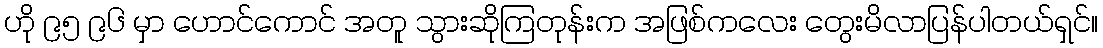
ဟို ၉၅ ၉၆ မှာ ဟောင်ကောင် အတူ သွားဆိုကြတုန်းက အဖြစ်ကလေး တွေးမိလာပြန်ပါတယ်ရှင်။